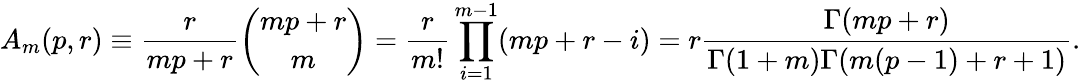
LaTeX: A_{m}(p,r)\equiv{\frac{r}{mp+r}}{\binom{mp+r}{m}}={\frac{r}{m!}}\prod_{i=1}^{m-1}(mp+r-i)=r{\frac{\Gamma(mp+r)}{\Gamma(1+m)\Gamma(m(p-1)+r+1)}}.